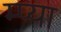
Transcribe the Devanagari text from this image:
म्प्या